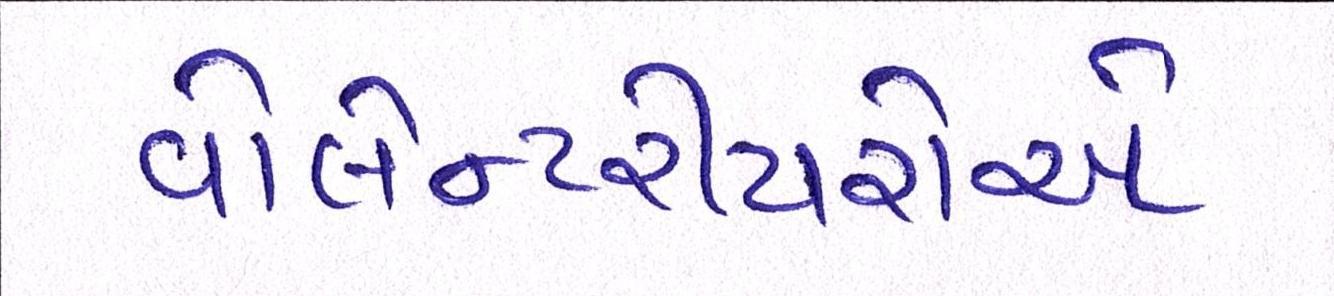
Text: વોલેન્ટરીયરોએ